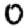
Digit: 0